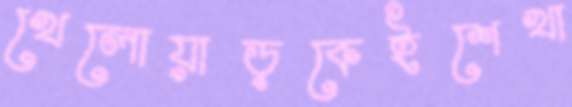
খেলোয়াড়কেইশেখা